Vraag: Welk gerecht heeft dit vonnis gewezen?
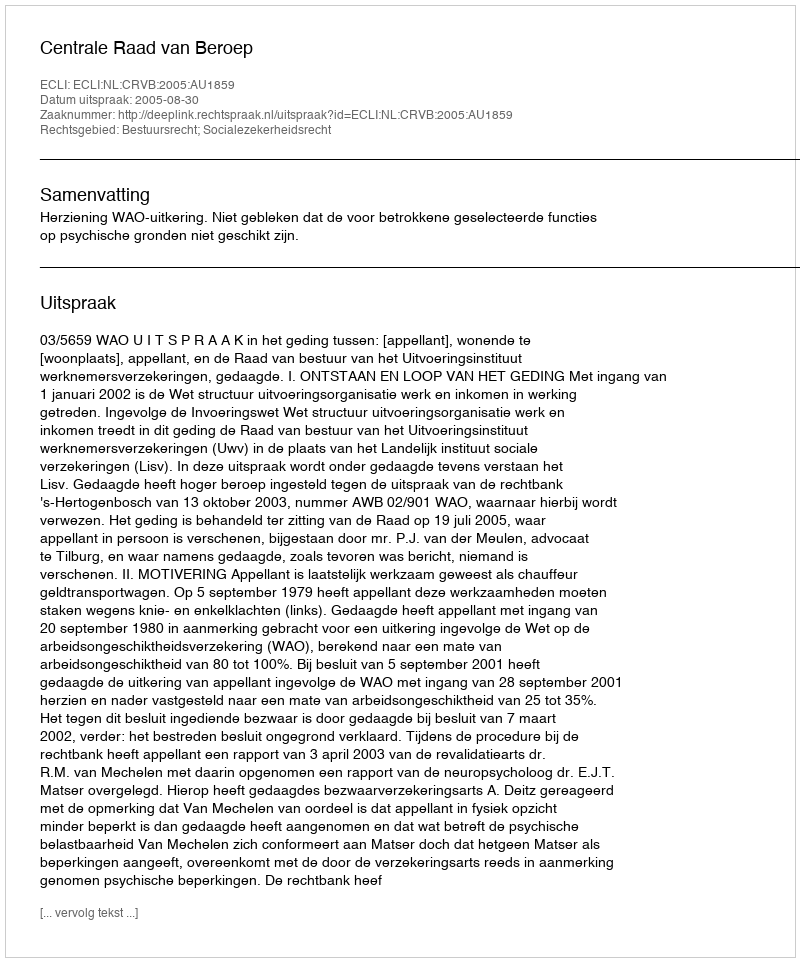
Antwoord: Centrale Raad van Beroep